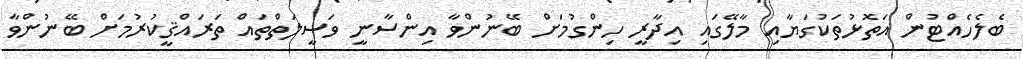
ބެލެހެއްޓުން އަތޮޅުތަކުގަޔާއި މާލޭގައި އިދާރީ ހިންގުމަށް ބޭނުންވާ އިންސާނީ ވަސީލަތްތައް ތަރައްޤީކުރުމަށް ބޭނުންވާ